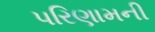
પરિણામની